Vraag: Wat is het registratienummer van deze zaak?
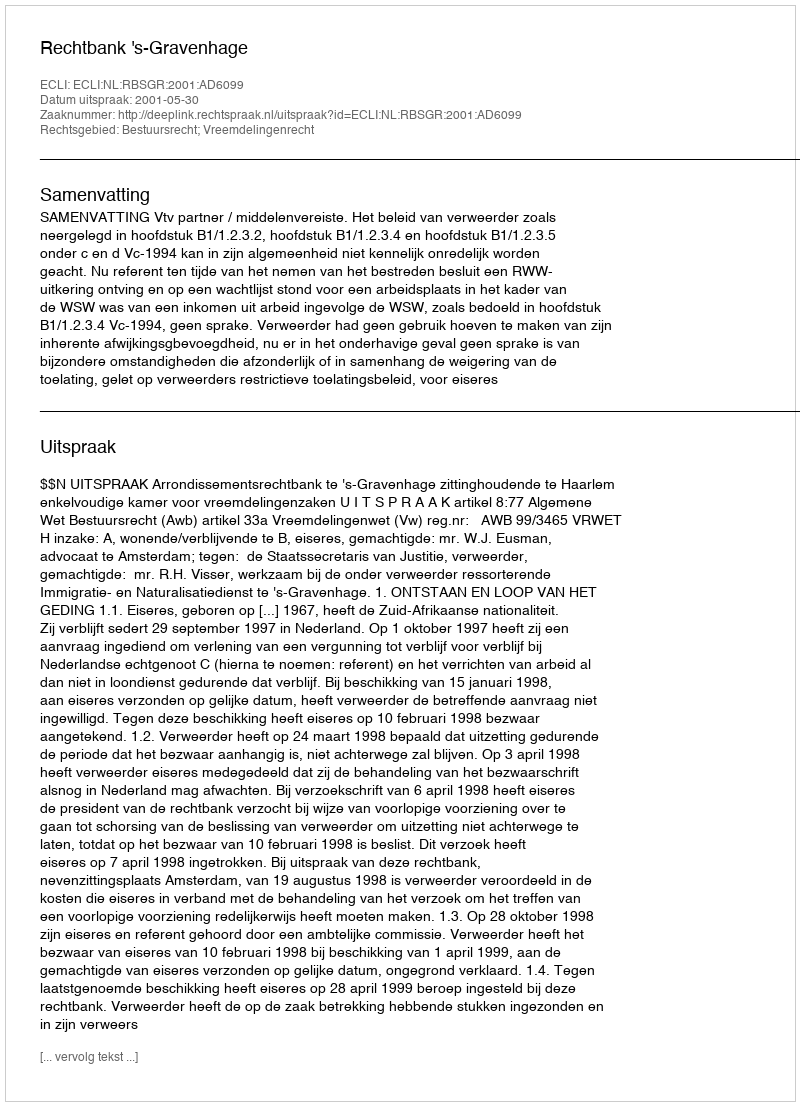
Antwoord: http://deeplink.rechtspraak.nl/uitspraak?id=ECLI:NL:RBSGR:2001:AD6099